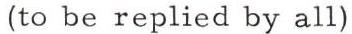
(to be replied by all)